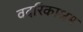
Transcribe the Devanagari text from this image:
वदरिकाश्रम